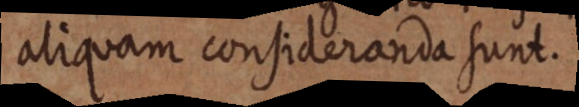
aliquam consideranda sunt.